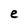
Character: e